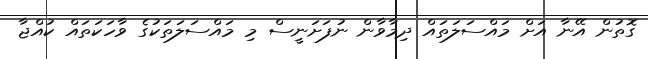
ގޮތުން އޭނާ އަށް މައްސަލަތައް ދިމާވާން ނުފަށަނީސް މި މައްސަލަތަކުގެ ވާހަކަތައް ކުއްޖާ